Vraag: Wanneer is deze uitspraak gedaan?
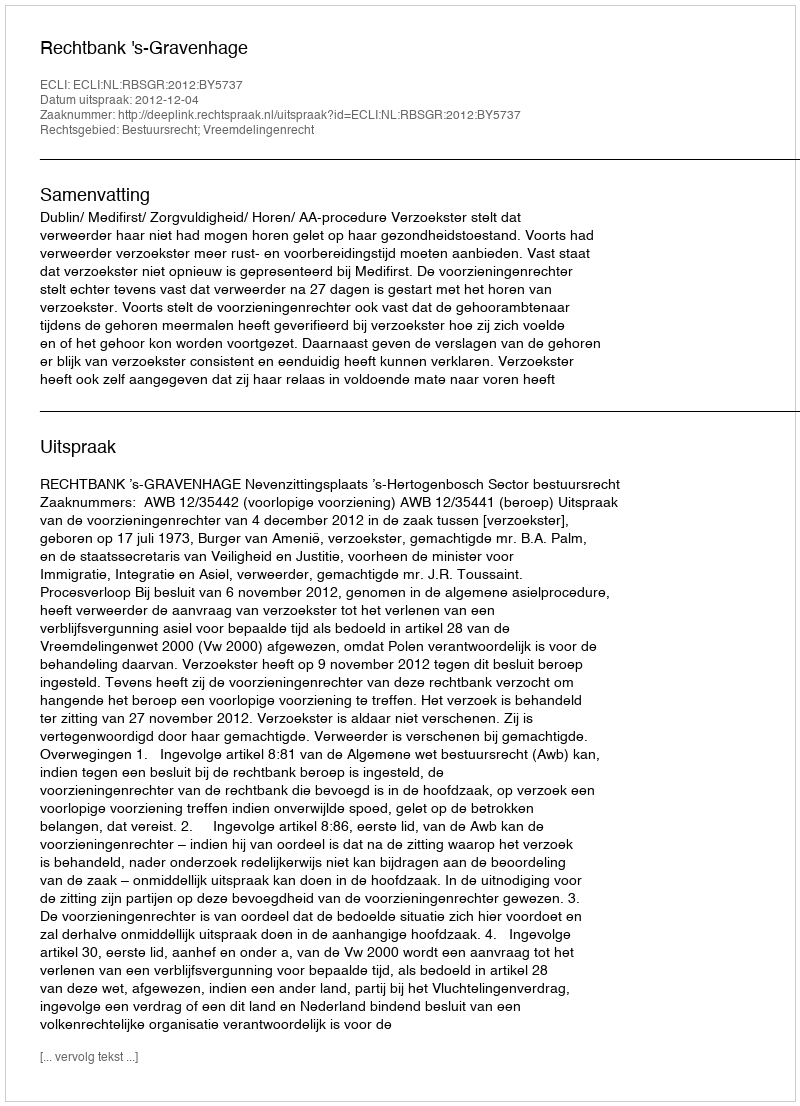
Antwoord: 2012-12-04